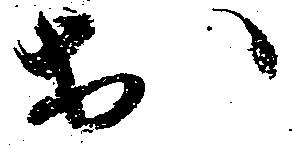
於